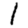
Digit: 1